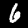
Digit: 6